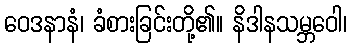
ဝေဒနာနံ၊ ခံစားခြင်းတို့၏။ နိဒါနသမ္ဘဝေါ၊